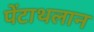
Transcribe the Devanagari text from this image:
पेंटाथलान